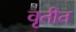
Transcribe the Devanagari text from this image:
वृतीत